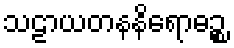
သဠာယတနနိရောဓဉ္စ